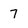
Character: 7